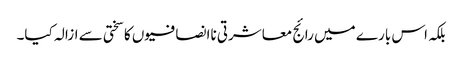
بلکہ اس بارے میں رائج معاشرتی ناانصافیوں کا سختی سے ازالہ کیا۔